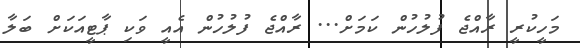
މަހީކުރީ ރާއްޖެ ފުލުހުން ކަމަށް... ރާއްޖެ ފުލުހުން އެއީ ވަކި ޕާޓީއަކަށް ބަލާ